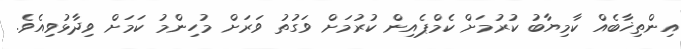
އިންތިޚާބެއް ކާމިޔާބު ކުރުމަށް ކެމްޕެއިން ކުރުމަށް ވަގުތު ވަރަށް މުހިންމު ކަމަށް ވިދާޅުވިއެވެ.